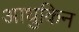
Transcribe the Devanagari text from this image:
आधुकिन